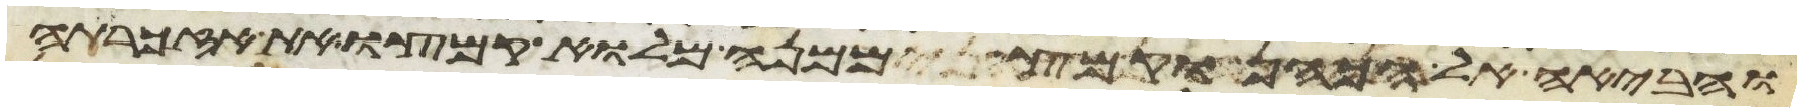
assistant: והביאה אל הכהן וקמץ ממנה מלוא קמצו את אזכרתה